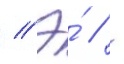
// Э́ // -